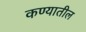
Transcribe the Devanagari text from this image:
कण्यातील